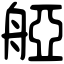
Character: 𦩒